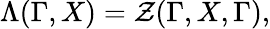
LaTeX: \Lambda(\Gamma,X)=\mathcal{Z}(\Gamma,X,\Gamma),